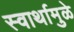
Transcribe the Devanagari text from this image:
स्वार्थामुळे